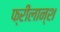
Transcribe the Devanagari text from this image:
फ्रीलान्श